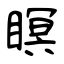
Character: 瞑